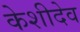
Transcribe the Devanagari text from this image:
केशीदेव